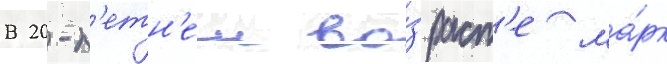
В 20-л'етн'ем во́зраст'е ма́рк